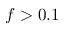
f > 0 . 1